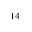
^ { 1 4 }